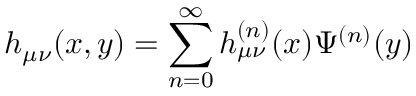
h _ { \mu \nu } ( x , y ) = \sum _ { n = 0 } ^ { \infty } h _ { \mu \nu } ^ { ( n ) } ( x ) \Psi ^ { ( n ) } ( y )